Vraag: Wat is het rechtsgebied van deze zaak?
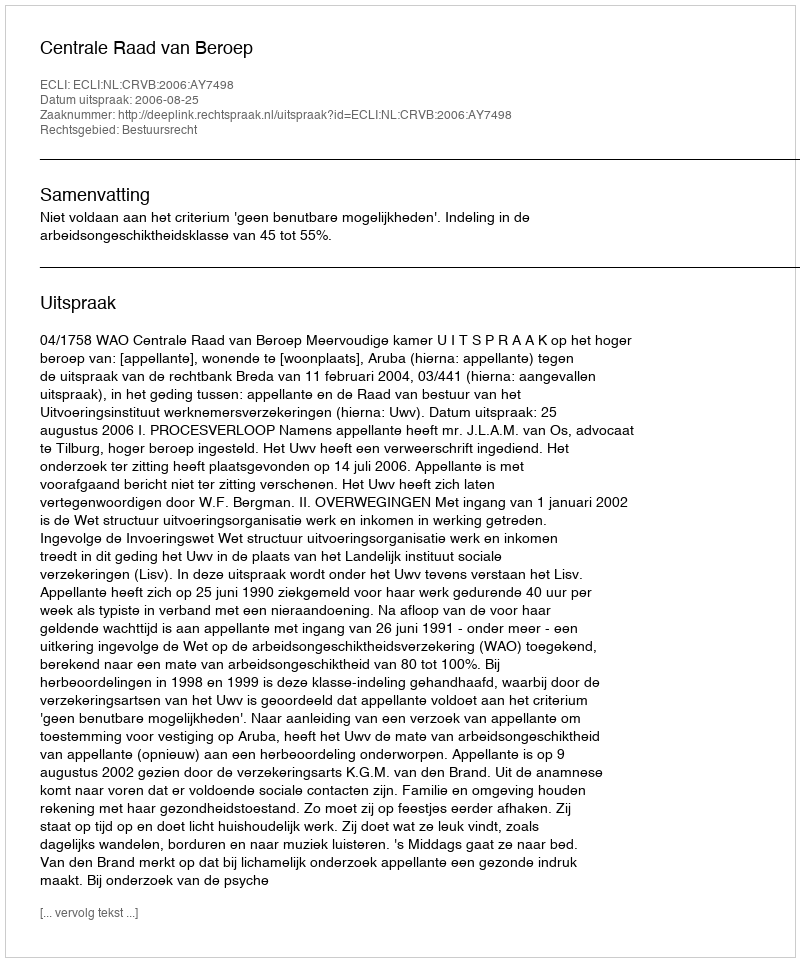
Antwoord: Bestuursrecht